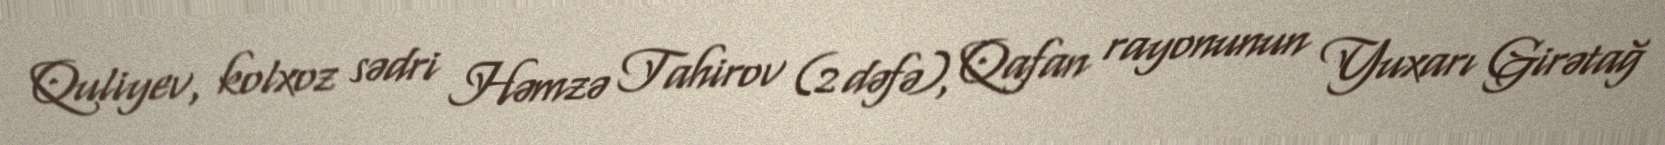
Quliyev, kolxoz sədri Həmzə Tahirov (2 dəfə), Qafan rayonunun Yuxarı Girətağ